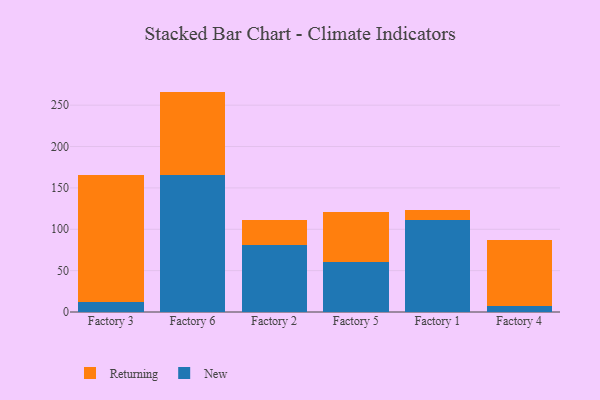
{"axis": {"x": "Factory", "y": "Energy Usage (MWh)"}, "legend": ["New", "Returning"], "data": [{"x": "Factory 3", "y": 11.7, "type": "New"}, {"x": "Factory 3", "y": 153.9, "type": "Returning"}, {"x": "Factory 6", "y": 166.2, "type": "New"}, {"x": "Factory 6", "y": 100.2, "type": "Returning"}, {"x": "Factory 2", "y": 81.3, "type": "New"}, {"x": "Factory 2", "y": 30.5, "type": "Returning"}, {"x": "Factory 5", "y": 60.2, "type": "New"}, {"x": "Factory 5", "y": 61.1, "type": "Returning"}, {"x": "Factory 1", "y": 111.2, "type": "New"}, {"x": "Factory 1", "y": 12.5, "type": "Returning"}, {"x": "Factory 4", "y": 7.4, "type": "New"}, {"x": "Factory 4", "y": 80.1, "type": "Returning"}]}